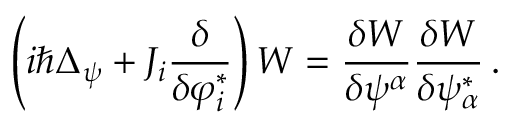
\left( i \hbar \Delta _ { \psi } + { \cal J } _ { i } \frac { \delta } { \delta \varphi _ { i } ^ { * } } \right) { \cal W } = \frac { \delta { \cal W } } { \delta \psi ^ { \alpha } } \frac { \delta { \cal W } } { \delta \psi _ { \alpha } ^ { * } } \, .